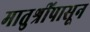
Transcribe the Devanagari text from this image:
मातुश्रींपासून